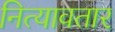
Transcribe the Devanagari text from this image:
नित्यावतार